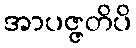
အာပဇ္ဇတိပိ